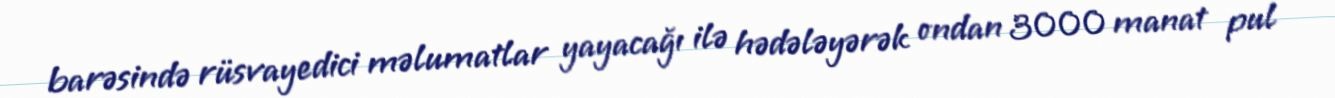
barəsində rüsvayedici məlumatlar yayacağı ilə hədələyərək ondan 3000 manat pul